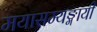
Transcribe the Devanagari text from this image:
मयासम्यङ्मायी